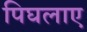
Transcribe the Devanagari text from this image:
पिघलाए